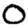
Digit: 0